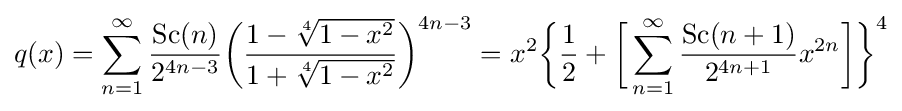
q(x)=\sum _{n=1}^{\infty }{\frac {{\text{Sc}}(n)}{2^{4n-3}}}{\biggl (}{\frac {1-{\sqrt[{4}]{1-x^{2}}}}{1+{\sqrt[{4}]{1-x^{2}}}}}{\biggr )}^{4n-3}=x^{2}{\biggl \{}{\frac {1}{2}}+{\biggl [}\sum _{n=1}^{\infty }{\frac {{\text{Sc}}(n+1)}{2^{4n+1}}}x^{2n}{\biggr ]}{\biggr \}}^{4}